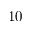
1 0